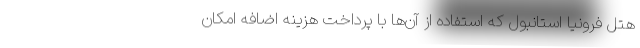
هتل فرونیا استانبول که استفاده از آن‌ها با پرداخت هزینه اضافه امکان